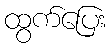
ထွက်ပြေး